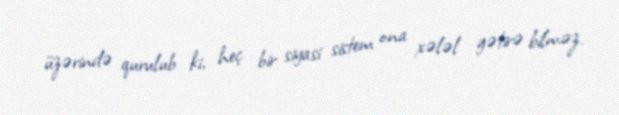
üzərində qurulub ki, heç bir siyasi sistem ona xələl gətirə bilməz.